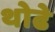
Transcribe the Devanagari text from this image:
थोढे